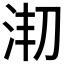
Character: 𣳱